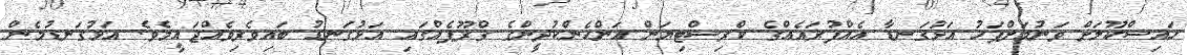
ހައިސްކޫލަށް ވަނުމަށްފަހު އަޅުގަނޑާ އެއްފުރައެއްގެ ކްރިސްޓިޔަން އަންހެންކުދީންގެ ގްރޫޕެއްގައި އަޅުގަނޑު ބައިވެރިވެއްޖައީމެވެ. އަޅުގަނޑުމެން